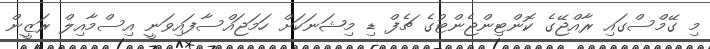
މި ގޭމްސްގައި ރާއްޖޭގެ ކޮންޓިންޖެންޓުގެ ޗެފް ޑި މިޝަނަކަށް ހަމަޖައްސާފައިވަނީ އިސްމާއިލް ރަޒީން